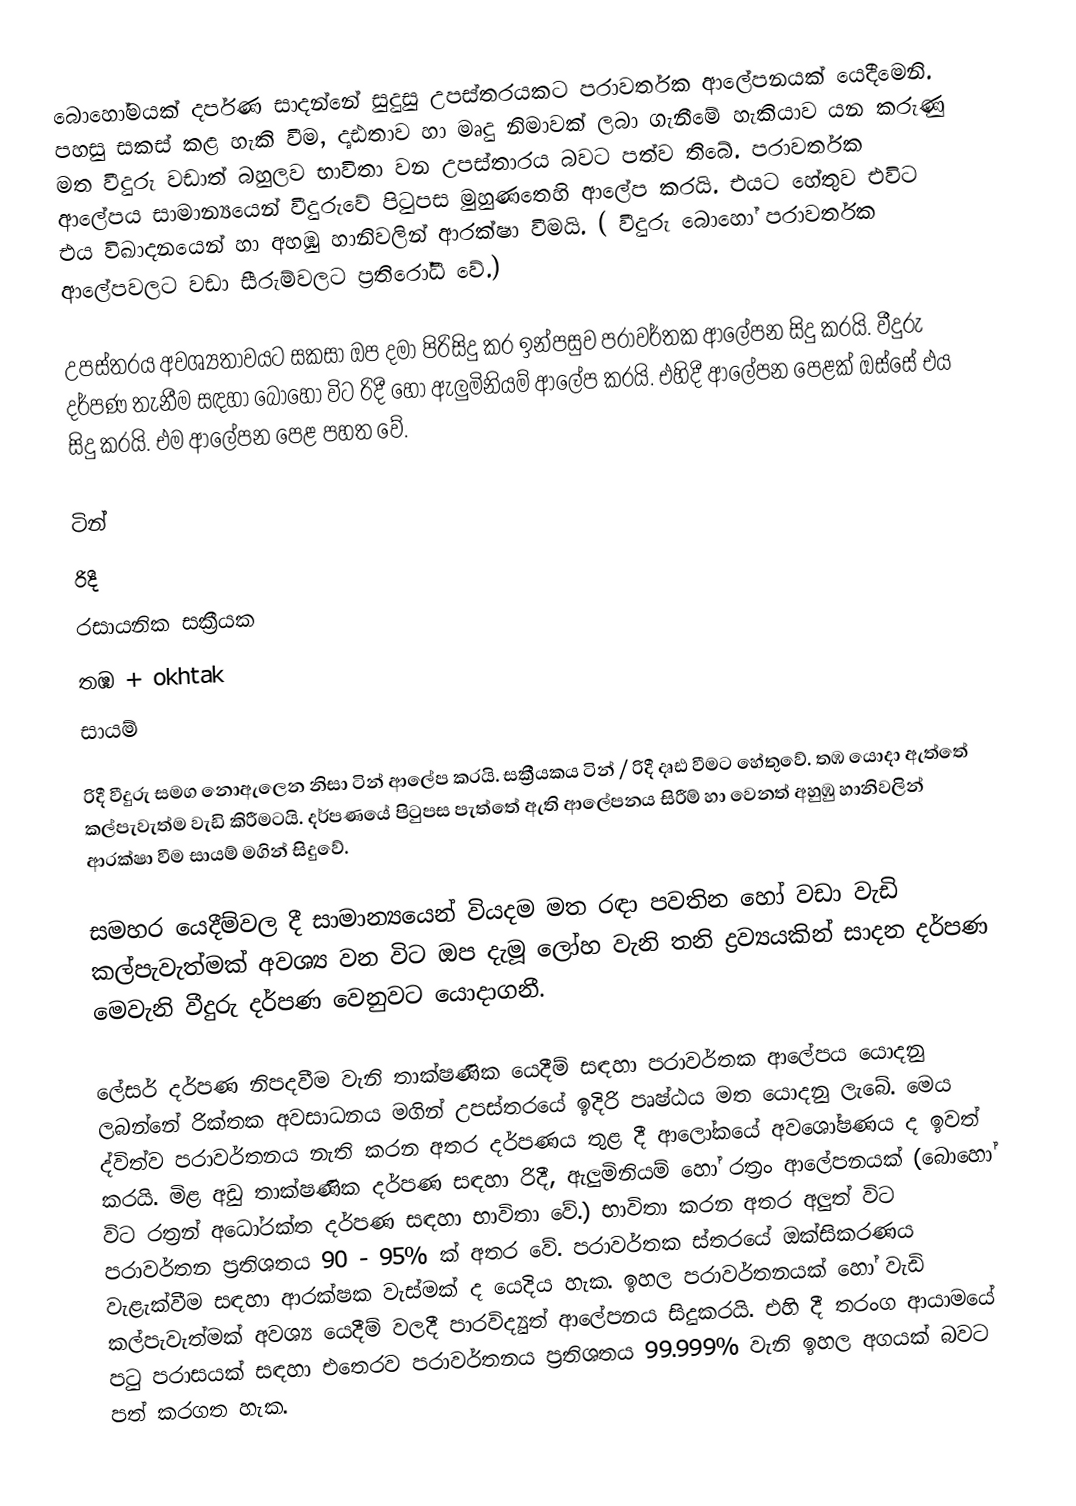
‍බොහෝමයක් දර්පණ සාදන්නේ සුදුසු උපස්තරයකට පරාවර්තක ආලේපනයක් යෙදීමෙනි. පහසු සකස් කළ හැකි වීම, දෘඪතාව හා මෘදු නිමාවක් ලබා ගැනීමේ හැකියාව යන කරුණු මත වීදුරු වඩාත් බහුලව භාවිතා වන උපස්තාරය බවට පත්ව තිබේ. පරාවර්තක ආලේපය සාමාන්‍යයෙන් වීදුරුවේ පිටුපස ‍මුහුණතෙහි ආලේප කරයි. එයට හේතුව එවිට එය විඛාදනයෙන් හා අහඹු හානිවලින් ආරක්ෂා වීමයි. ( වීදුරු බොහෝ පරාවර්තක ආලේපවලට වඩා සීරුම්වලට ප්‍රතිරෝධී වේ.)

උපස්තරය අවශ්‍යතාවයට සකසා ඔප දමා පිරිසිදු කර ඉන්පසුව පරාවර්තක ආලේපන සිදු කරයි. වීදුරු දර්පණ තැනීම සඳහා බොහෝ විට රිදී හෝ ඇලුමිනියම් ආලේප කරයි. එහිදී ආලේපන පෙළක් ඔස්සේ එය සිදු කරයි. එම ආලේපන පෙළ පහත වේ.

ටින්
රිදී
රසායනික සක්‍රීයක
තඹ + okhtak
සායම්

රිදී වීදුරු සමග නොඇලෙන නිසා ටින් ආලේප කරයි. සක්‍රීයකය ටින් / රිදී දෘඪ වීමට හේතුවේ. තඹ යොදා ඇත්තේ කල්පැවැත්ම වැඩි කිරීමටයි. දර්පණයේ පිටුපස පැත්තේ ඇති ආලේපනය සිරීම් හා වෙනත් අහුඹු හානිවලින් ආරක්ෂා වීම සායම් මගින් සිදුවේ.

සමහර ‍යෙදීම්වල දී සාමාන්‍යයෙන් වියදම මත රඳා පවතින හෝ වඩා වැඩි කල්පැවැත්මක් අවශ්‍ය වන විට ඔප දැමූ ලෝහ වැනි තනි ද්‍රව්‍යයකින් සාදන දර්පණ මෙවැනි වීදුරු දර්පණ වෙනුවට යොදාගනී.

ලේසර් දර්පණ නිපදවීම වැනි තාක්ෂණික යෙදීම් සඳහා පරාවර්තක ආලේපය යොදනු ලබන්නේ රික්තක අවසාධනය මගින් උපස්තරයේ ඉදිරි පෘෂ්ඨය මත යොදනු ලැබේ. මෙය ද්විත්ව පරාවර්තනය නැති කරන අතර දර්පණය තුළ දී ආලෝකයේ අවශෝෂණය ද ඉවත් කරයි. මිළ අඩු තාක්ෂණික දර්පණ සඳහා රිදී, ඇලුමිනියම් හෝ රත්‍රං ආලේපනයක් (බොහෝ විට රත්‍රන් ‍අධෝරක්ත දර්පණ සඳහා භාවිතා වේ.) භාවිතා කරන අතර අලුත් විට පරාවර්තන ප්‍රතිශතය 90 - 95% ක් අතර වේ. පරාවර්තක ස්තරයේ ඔක්සිකරණය වැළැක්වීම සඳහා ආරක්ෂක වැස්මක් ද යෙදිය හැක. ඉහල පරාවර්තනයක් හෝ වැඩි කල්පැවැත්මක් අවශ්‍ය යෙදීම් වලදී පාරවිද්‍යුත් ආලේපනය සිදුකරයි. එහි දී තරංග ආයාමයේ පටු පරාසයක් සඳහා එතෙරව පරාවර්තනය ප්‍රතිශතය 99.999% වැනි ඉහල අගයක් බවට පත් කරගත හැක.